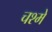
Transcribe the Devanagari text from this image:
चश्‍मे